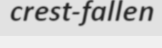
crest-fallen